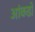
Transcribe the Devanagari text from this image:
आंकडो़